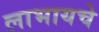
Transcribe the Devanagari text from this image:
लाभायचे